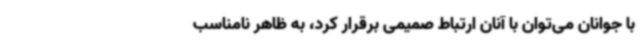
با جوانان می‌توان با آنان ارتباط صمیمی برقرار کرد، به ظاهر نامناسب